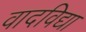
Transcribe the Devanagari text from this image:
वादविद्या